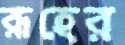
রূহের